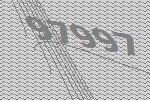
97997